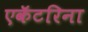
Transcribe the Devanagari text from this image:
एकॅटरिना